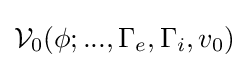
{\mathcal {V}}_{0}(\phi ;...,\Gamma _{e},\Gamma _{i},v_{0})